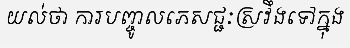
យល់ថា ការបញ្ចូលភេសជ្ជៈស្រវឹងទៅក្នុង